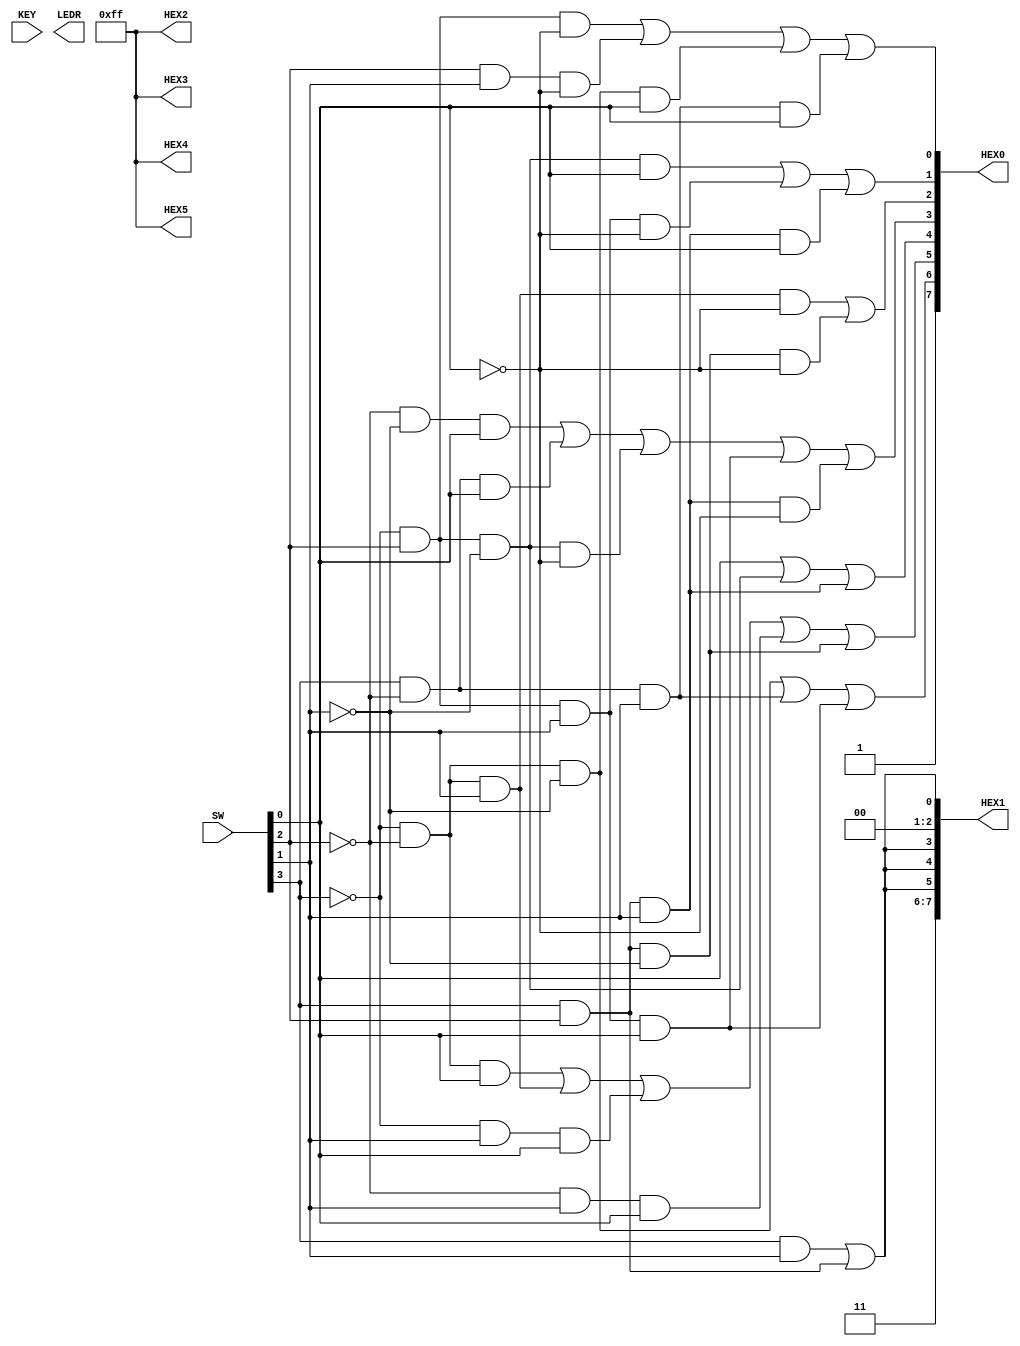

//=======================================================
//  This code is generated by Terasic System Builder
//=======================================================

module LAB1_2(

	//////////// SEG7 //////////
	output		     [7:0]		HEX0,
	output		     [7:0]		HEX1,
	output		     [7:0]		HEX2,
	output		     [7:0]		HEX3,
	output		     [7:0]		HEX4,
	output		     [7:0]		HEX5,

	//////////// KEY //////////
	input 		     [1:0]		KEY,

	//////////// LED //////////
	output		     [9:0]		LEDR,

	//////////// SW //////////
	input 		     [9:0]		SW
);



//=======================================================
//  REG/WIRE declarations
//=======================================================


//=======================================================
//  Structural coding
//=======================================================

// Turn off HEX[5:2]
assign HEX2 = 8'b11111111;

assign HEX3 = 8'b11111111;

assign HEX4 = 8'b11111111;

assign HEX5 = 8'b11111111;

// HEX0 Display:
assign HEX0[0] = (~SW[3] & SW[2]& ~SW[0]) | (SW[2] & SW[1] & ~SW[0]) | (~SW[3] & ~SW[2] & ~SW[1] & SW[0]) | (SW[3] & ~SW[2] & SW[1] & SW[0]);

assign HEX0[1] = (~SW[3] & SW[2] & ~SW[1] & SW[0]) | (~SW[3] & SW[2] & SW[1] & ~SW[0]) | (SW[3] & SW[2] & SW[1] & SW[0]);

assign HEX0[2] = (~SW[3] & ~SW[2] & SW[1] & ~SW[0]) | (SW[3] & SW[2] & ~SW[1] & ~SW[0]);

assign HEX0[3] = (~SW[2] & ~SW[1] & SW[0]) | (SW[3] & ~SW[2] & SW[0]) | (~SW[3] & SW[2] & ~SW[1] & ~SW[0]) | (~SW[3] & SW[2] & SW[1] & SW[0]) | (SW[3] & SW[2] & SW[1] & ~SW[0]);

assign HEX0[4] = (SW[0]) | (~SW[3] & SW[2] & ~SW[1]) | (SW[3] & SW[2] & SW[1]);

assign HEX0[5] = (~SW[3] & ~SW[2] & SW[0]) | (~SW[3] & ~SW[2] & SW[1]) | (~SW[3] & SW[1] & SW[0]) | (~SW[2] & SW[1] & SW[0]) | (SW[3] & SW[2] & ~SW[1]);

assign HEX0[6] = (~SW[3] & ~SW[2] & ~SW[1]) | (SW[3] & ~SW[2] & SW[1]) | (~SW[3] & SW[2] & SW[1] & SW[0]);

assign HEX0[7] = 1;

// HEX1 Display:
assign HEX1[0] = (SW[3] & SW[1]) | (SW[3] & SW[2]);

assign HEX1[1] = 0;

assign HEX1[2] = 0;

assign HEX1[3] = (SW[3] & SW[1]) | (SW[3] & SW[2]);

assign HEX1[4] = (SW[3] & SW[1]) | (SW[3] & SW[2]);

assign HEX1[5] = (SW[3] & SW[1]) | (SW[3] & SW[2]);

assign HEX1[6] = 1;

assign HEX1[7] = 1;


endmodule